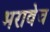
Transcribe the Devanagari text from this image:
भरावेच